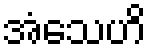
အံသေဟိ